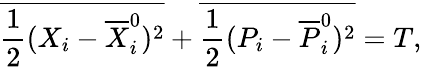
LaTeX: \overline{{\frac{1}{2}({X}_{i}-{\overline{{X}}}_{i}^{0})^{2}}}+\overline{{\frac{1}{2}({P}_{i}-{\overline{{P}}}_{i}^{0})^{2}}}=T,